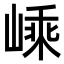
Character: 嵊